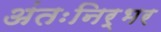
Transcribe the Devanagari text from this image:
अंतःनिर्भर